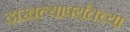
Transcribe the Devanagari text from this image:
दाखल्यापर्यंतच्या